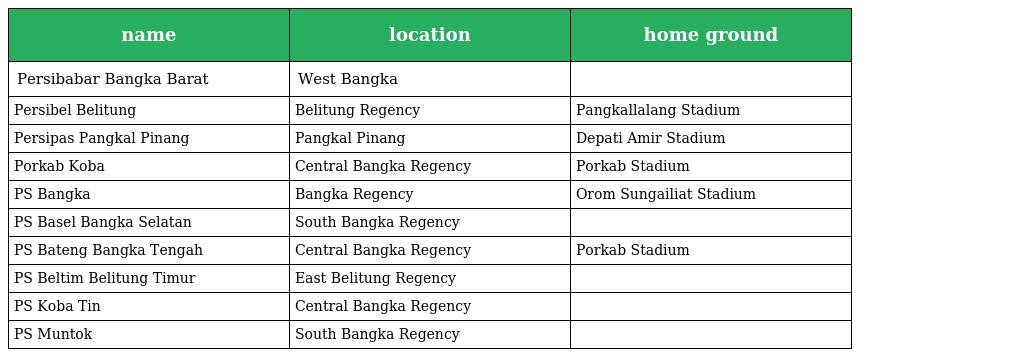
| name | location | home ground |
 | --- | --- | --- |
 | Persibabar Bangka Barat | West Bangka |  |
 | Persibel Belitung | Belitung Regency | Pangkallalang Stadium |
 | Persipas Pangkal Pinang | Pangkal Pinang | Depati Amir Stadium |
 | Porkab Koba | Central Bangka Regency | Porkab Stadium |
 | PS Bangka | Bangka Regency | Orom Sungailiat Stadium |
 | PS Basel Bangka Selatan | South Bangka Regency |  |
 | PS Bateng Bangka Tengah | Central Bangka Regency | Porkab Stadium |
 | PS Beltim Belitung Timur | East Belitung Regency |  |
 | PS Koba Tin | Central Bangka Regency |  |
 | PS Muntok | South Bangka Regency |  |